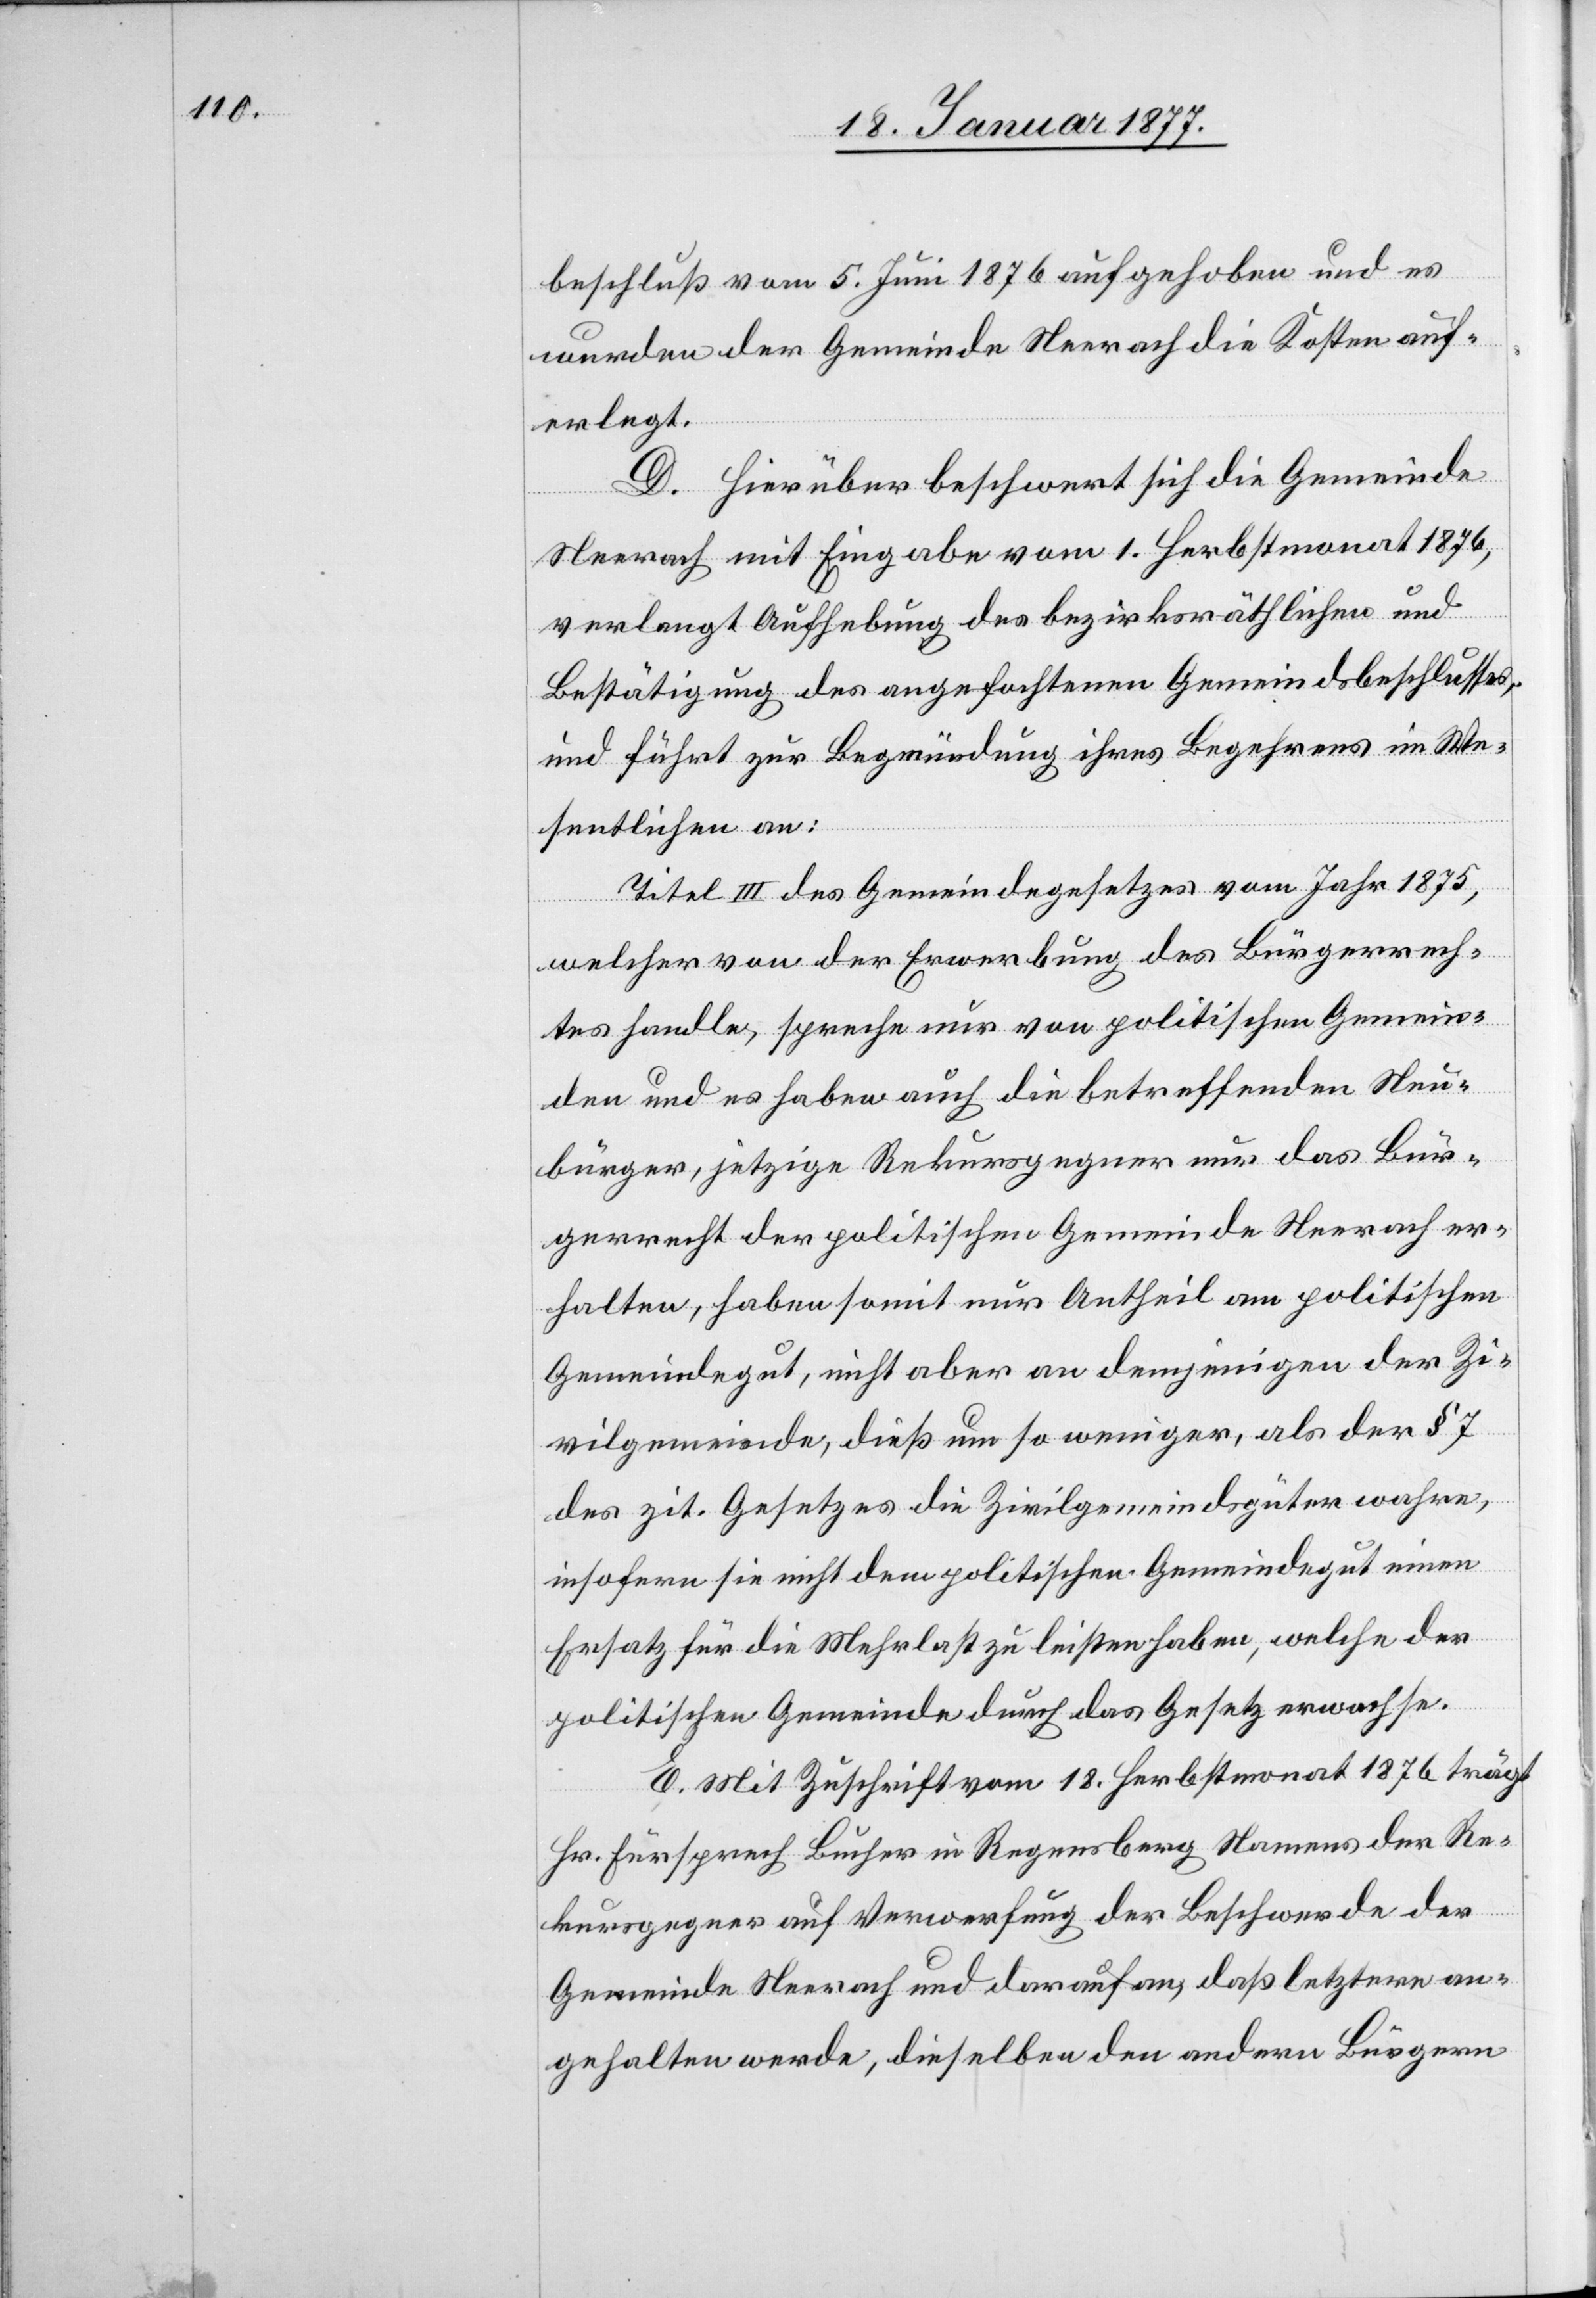
beschluß vom 5. Juni 1876 aufgehoben und es
wurden der Gemeinde Neerach die Kosten auf¬
erlegt.
D. Hierüber beschwert sich die Gemeinde
Neerach mit Eingabe vom 1. Herbstmonat 1876,
verlangt Aufhebung des bezirksräthlichen und
Bestätigung des angefochtenen Gemeindsbeschlusses,
und führt zur Begründung ihres Begehrens im We¬
sentlichen an:
Titel III des Gemeindegesetzes vom Jahr 1875,
welcher von der Erwerbung des Bürgerrech¬
tes handle, spreche nur von politischen Gemein¬
den und es haben auch die betreffenden Neu¬
bürger, jetzige Rekursgegner nur das Bür¬
gerrecht der politischen Gemeinde Neerach er¬
halten, haben somit nur Antheil am politischen
Gemeindegut, nicht aber an demjenigen der Zi¬
vilgemeinde, dieß um so weniger, als der § 7
des zit. Gesetzes die Zivilgemeindsgüter wahre,
insofern sie nicht dem politischen Gemeindegut einen
Ersatz für die Mehrlast zu leisten habe, welche der
politischen Gemeinde durch das Gesetz erwachse.
E. Mit Zuschrift vom 18. Herbstmonat 1876 trägt
Hr. Fürsprech Bucher in Regensberg Namens der Re¬
kursgegner auf Verwerfung der Beschwerde der
Gemeinde Neerach und darauf an, daß letztere an¬
gehalten werde, dieselben den andern Bürgern